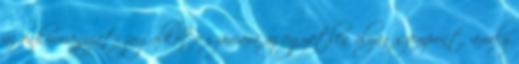
az önkormányzati jogalkotó számára az egyetlen olyan szempont, amely